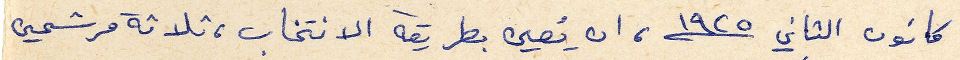
كانون الثاني ١٩٢٥، ان يُعين بطريقة الانتخاب، ثلاثة مرشحين